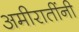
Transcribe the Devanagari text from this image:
अमीरातींनी